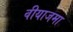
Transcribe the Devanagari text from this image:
वीयाजमा